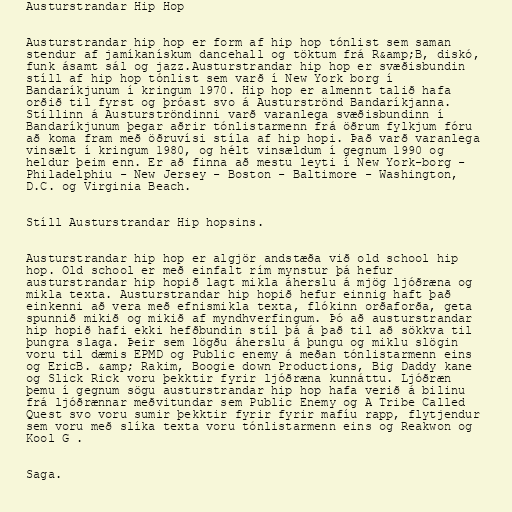
Austurstrandar Hip Hop

Austurstrandar hip hop er form af hip hop tónlist sem saman
stendur af jamíkanískum dancehall og töktum frá R&amp;B, diskó,
funk ásamt sál og jazz.Austurstrandar hip hop er svæðisbundin
stíll af hip hop tónlist sem varð í New York borg í
Bandaríkjunum í kringum 1970. Hip hop er almennt talið hafa
orðið til fyrst og þróast svo á Austurströnd Bandaríkjanna.
Stíllinn á Austurströndinni varð varanlega svæðisbundinn í
Bandaríkjunum þegar aðrir tónlistarmenn frá öðrum fylkjum fóru
að koma fram með öðruvísi stíla af hip hopi. Það varð varanlega
vinsælt í kringum 1980, og hélt vinsældum í gegnum 1990 og
heldur þeim enn. Er að finna að mestu leyti í New York-borg -
Philadelphiu - New Jersey - Boston - Baltimore - Washington,
D.C. og Virginia Beach.

Stíll Austurstrandar Hip hopsins.

Austurstrandar hip hop er algjör andstæða við old school hip
hop. Old school er með einfalt rím mynstur þá hefur
austurstrandar hip hopið lagt mikla áherslu á mjög ljóðræna og
mikla texta. Austurstrandar hip hopið hefur einnig haft það
einkenni að vera með efnismikla texta, flókinn orðaforða, geta
spunnið mikið og mikið af myndhverfingum. Þó að austurstrandar
hip hopið hafi ekki hefðbundin stíl þá á það til að sökkva til
þungra slaga. Þeir sem lögðu áherslu á þungu og miklu slögin
voru til dæmis EPMD og Public enemy á meðan tónlistarmenn eins
og EricB. &amp; Rakim, Boogie down Productions, Big Daddy kane
og Slick Rick voru þekktir fyrir ljóðræna kunnáttu. Ljóðræn
þemu í gegnum sögu austurstrandar hip hop hafa verið á bilinu
frá ljóðrænnar meðvitundar sem Public Enemy og A Tribe Called
Quest svo voru sumir þekktir fyrir fyrir mafíu rapp, flytjendur
sem voru með slíka texta voru tónlistarmenn eins og Reakwon og
Kool G .

Saga.